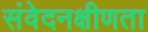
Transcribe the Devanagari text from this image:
संवेदनक्षीणता